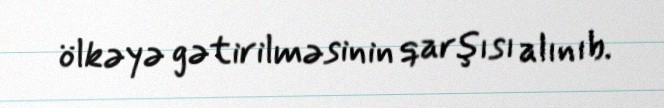
ölkəyə gətirilməsinin qarşısı alınıb.